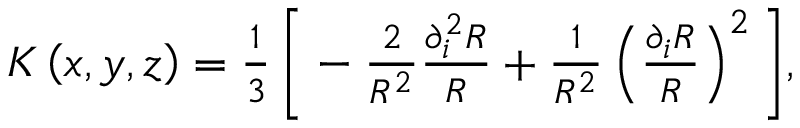
\begin{array} { r } { K \left( x , y , z \right) = \frac { 1 } { 3 } \, \bigg [ - \frac { 2 } { R ^ { 2 } } \frac { \partial _ { i } ^ { 2 } R } { R } + \frac { 1 } { R ^ { 2 } } \left( \frac { \partial _ { i } R } { R } \right) ^ { 2 } \bigg ] , } \end{array}